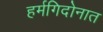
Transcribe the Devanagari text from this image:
हर्मगिदोनात